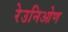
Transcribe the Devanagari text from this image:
रेउनिओण